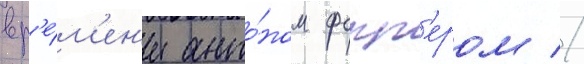
вр'е́м'ен'и анто́ном фокк'ером //